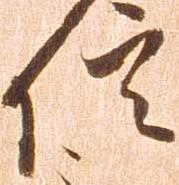
信